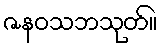
ဇနဝသဘသုတ်။